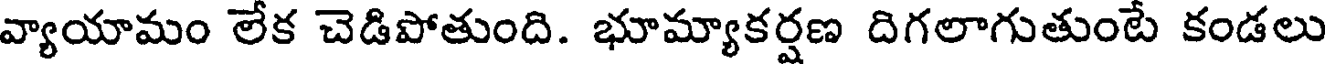
వ్యాయామం లేక చెడిపోతుంది. భూమ్యాకర్షణ దిగలాగుతుంటే కండలు